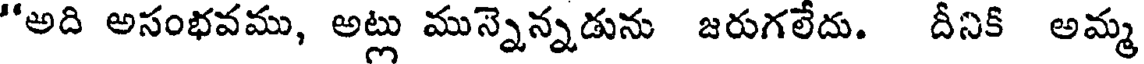
"అది అసంభవము, అట్లు మున్నెన్నడును జరుగలేదు. దీనిక అమ్మ